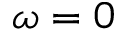
\omega = 0